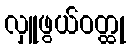
လှူဖွယ်ဝတ္ထု